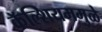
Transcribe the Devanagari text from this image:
कॅल्शियममुळे